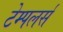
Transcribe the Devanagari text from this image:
टेम्पलर्स